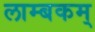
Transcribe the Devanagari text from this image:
लाम्बकम्